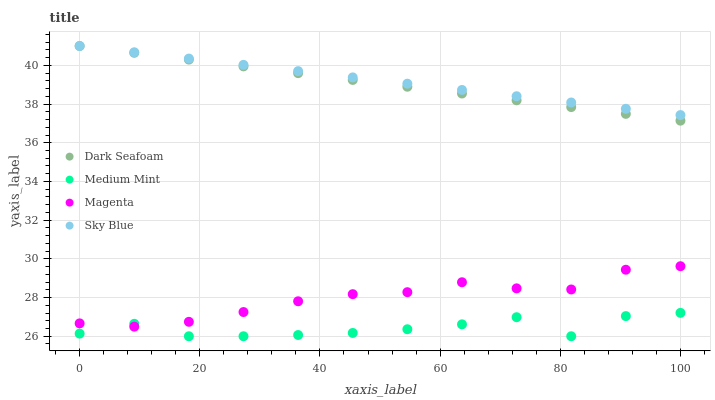
| xaxis_label | Dark Seafoam | Medium Mint | Magenta | Sky Blue |
 | --- | --- | --- | --- | --- |
 | 0 | 41 | 26.1 | 26.7 | 41 |
 | 9.09 | 40.6 | 26.6 | 26.5 | 40.7 |
 | 18.2 | 40.3 | 26 | 26.7 | 40.4 |
 | 27.3 | 39.9 | 26 | 27.3 | 40 |
 | 36.4 | 39.6 | 26.1 | 27.8 | 39.7 |
 | 45.5 | 39.2 | 26.2 | 28.2 | 39.4 |
 | 54.5 | 38.9 | 26.4 | 28.3 | 39.1 |
 | 63.6 | 38.5 | 26.6 | 28.8 | 38.7 |
 | 72.7 | 38.2 | 27 | 28.5 | 38.4 |
 | 81.8 | 37.8 | 26 | 28.4 | 38.1 |
 | 90.9 | 37.5 | 27 | 29.4 | 37.8 |
 | 100 | 37.1 | 27.2 | 29.6 | 37.4 |